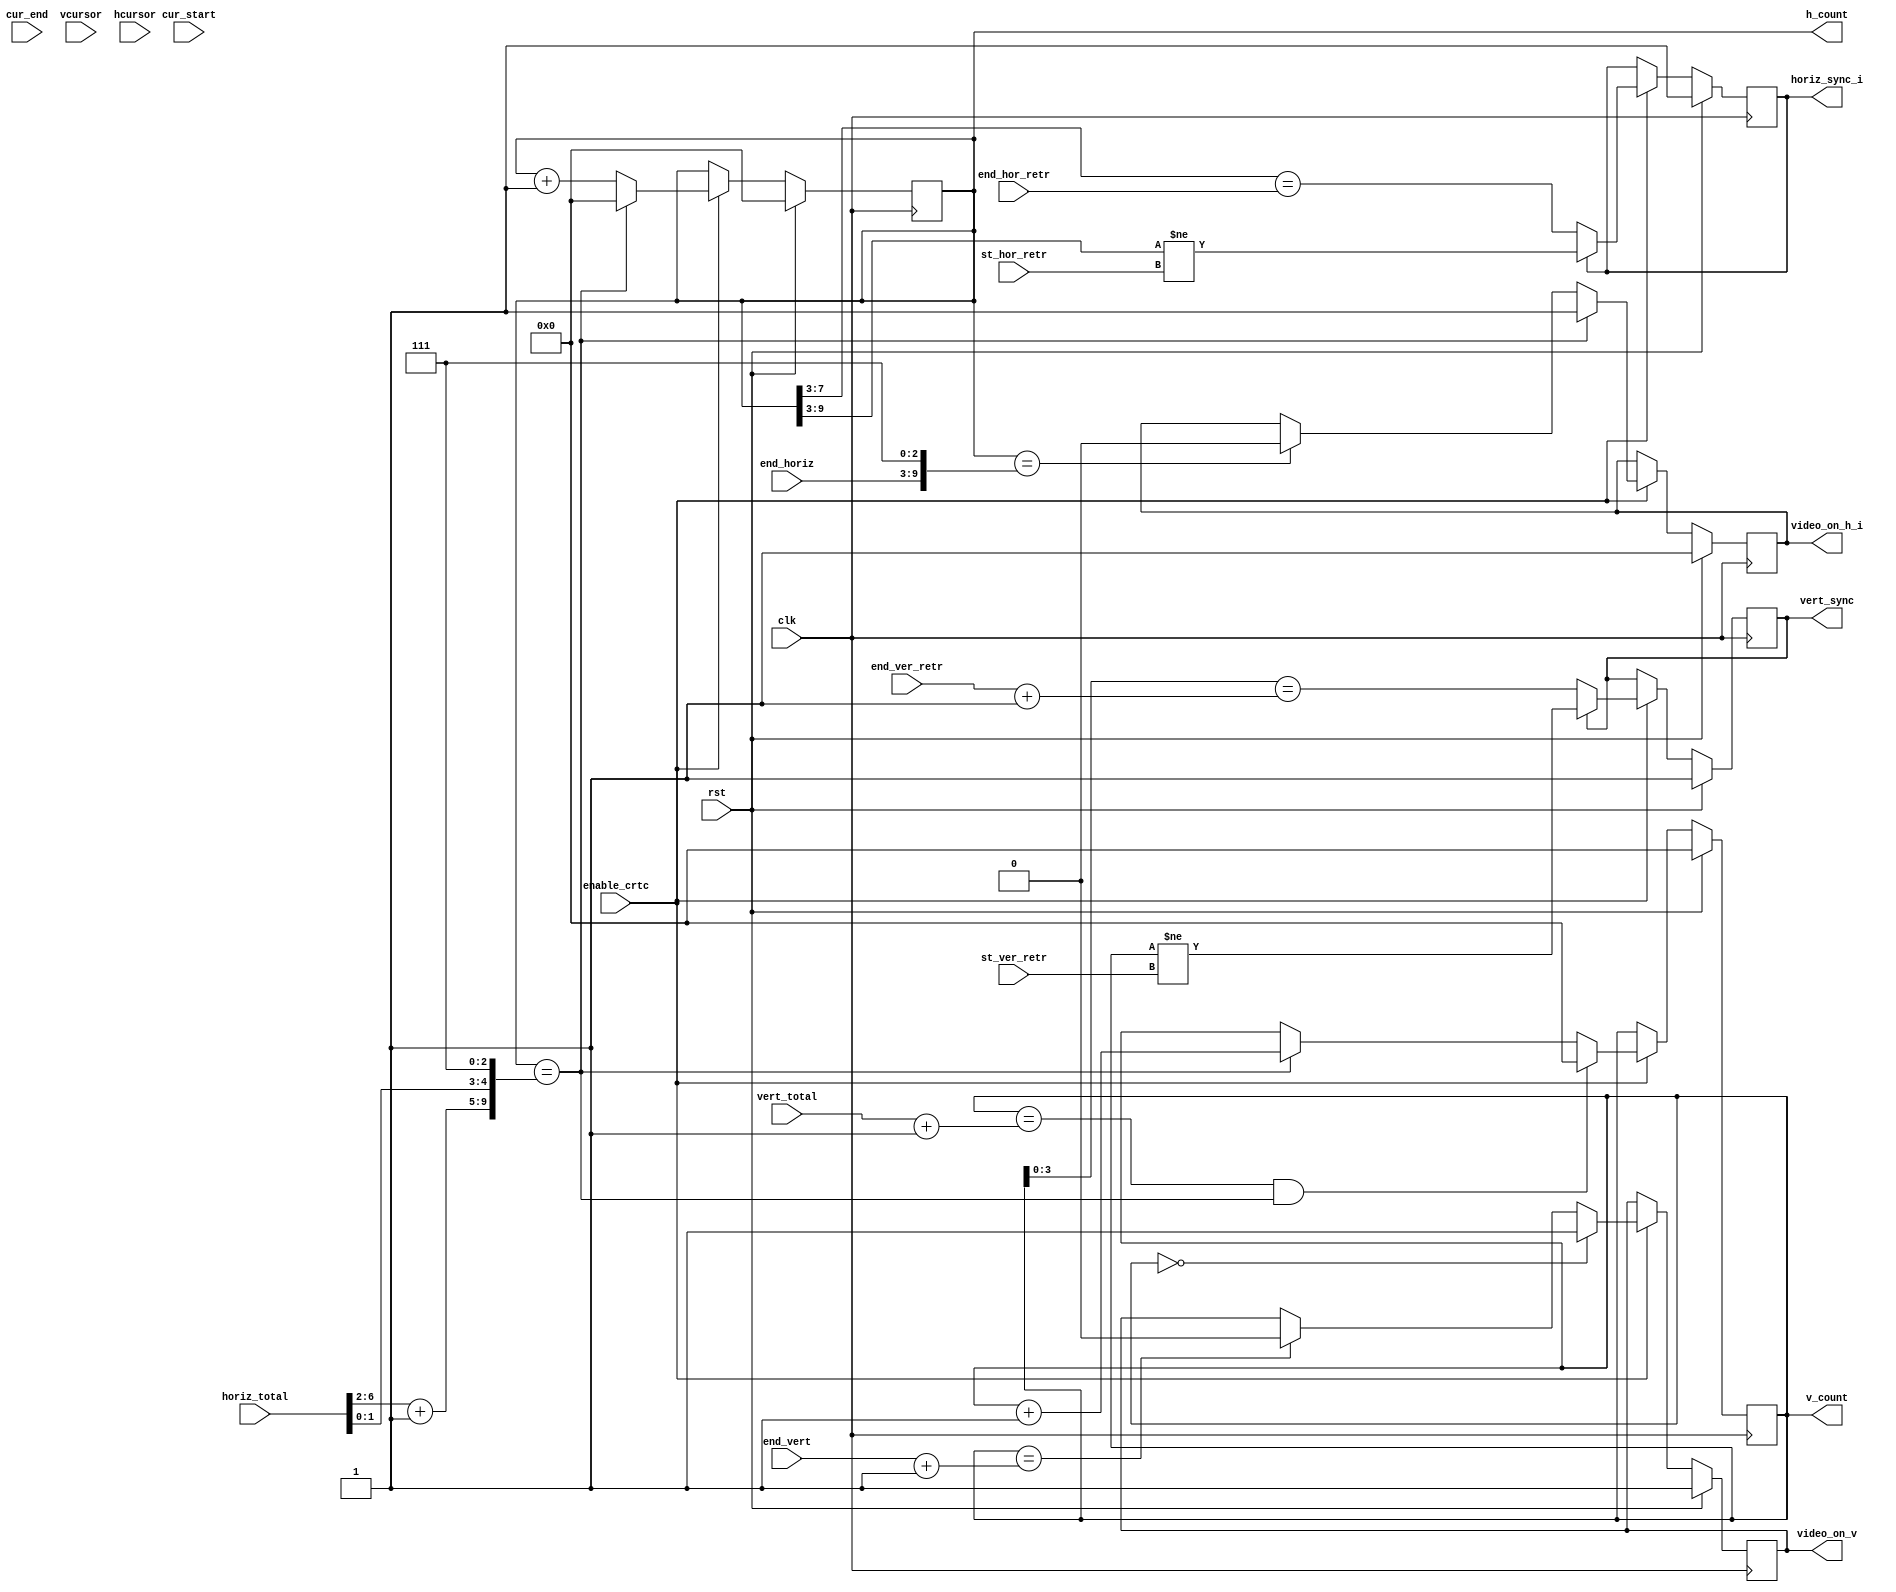
// This program was cloned from: https://github.com/marmolejo/zet
// License: GNU General Public License v3.0

/*
 *  CRTC controller for VGA
 *  Copyright (C) 2010  Zeus Gomez Marmolejo <zeus@aluzina.org>
 *
 *  VGA FML support
 *  Copyright (C) 2013 Charley Picker <charleypicker@yahoo.com>
 *
 *  This file is part of the Zet processor. This processor is free
 *  hardware; you can redistribute it and/or modify it under the terms of
 *  the GNU General Public License as published by the Free Software
 *  Foundation; either version 3, or (at your option) any later version.
 *
 *  Zet is distrubuted in the hope that it will be useful, but WITHOUT
 *  ANY WARRANTY; without even the implied warranty of MERCHANTABILITY
 *  or FITNESS FOR A PARTICULAR PURPOSE. See the GNU General Public
 *  License for more details.
 *
 *  You should have received a copy of the GNU General Public License
 *  along with Zet; see the file COPYING. If not, see
 *  <http://www.gnu.org/licenses/>.
 */

module vga_crtc_fml (
    input         clk,              // 100 Mhz clock
    input         rst,

    input         enable_crtc,

    // CRTC configuration signals

    input [5:0]   cur_start,
    input [5:0]   cur_end,
    input [4:0]   vcursor,
    input [6:0]   hcursor,

    input [6:0]   horiz_total,
    input [6:0]   end_horiz,
    input [6:0]   st_hor_retr,
    input [4:0]   end_hor_retr,
    input [9:0]   vert_total,
    input [9:0]   end_vert,
    input [9:0]   st_ver_retr,
    input [3:0]   end_ver_retr,

    // CRTC output signals

    output reg [9:0]  h_count,      // Horizontal pipeline delay is 2 cycles
    output reg        horiz_sync_i,

    output reg [9:0]  v_count,      // 0 to VER_SCAN_END
    output reg        vert_sync,

    output reg        video_on_h_i,
    output reg        video_on_v

  );

  // Registers and nets
  wire [9:0] hor_disp_end;
  wire [9:0] hor_scan_end;
  wire [9:0] ver_disp_end;
  wire [9:0] ver_sync_beg;
  wire [3:0] ver_sync_end;
  wire [9:0] ver_scan_end;

  // Continuous assignments
  assign hor_scan_end = { horiz_total[6:2] + 1'b1, horiz_total[1:0], 3'h7 };
  assign hor_disp_end = { end_horiz, 3'h7 };
  assign ver_scan_end = vert_total + 10'd1;
  assign ver_disp_end = end_vert + 10'd1;
  assign ver_sync_beg = st_ver_retr;
  assign ver_sync_end = end_ver_retr + 4'd1;

  // Sync generation & timing process
  // Generate horizontal and vertical timing signals for video signal
  always @(posedge clk)
    if (rst)
      begin
        h_count      <= 10'b0;
        horiz_sync_i <= 1'b1;
        v_count      <= 10'b0;
        vert_sync    <= 1'b1;
        video_on_h_i <= 1'b1;
        video_on_v   <= 1'b1;
      end
    else
      if (enable_crtc)
        begin
          h_count      <= (h_count==hor_scan_end) ? 10'b0 : h_count + 10'b1;
          horiz_sync_i <= horiz_sync_i ? (h_count[9:3]!=st_hor_retr)
                                       : (h_count[7:3]==end_hor_retr);
          v_count      <= (v_count==ver_scan_end && h_count==hor_scan_end) ? 10'b0
                        : ((h_count==hor_scan_end) ? v_count + 10'b1 : v_count);
          vert_sync    <= vert_sync ? (v_count!=ver_sync_beg)
                                    : (v_count[3:0]==ver_sync_end);

          video_on_h_i <= (h_count==hor_scan_end) ? 1'b1
                        : ((h_count==hor_disp_end) ? 1'b0 : video_on_h_i);
          video_on_v   <= (v_count==10'h0) ? 1'b1
                        : ((v_count==ver_disp_end) ? 1'b0 : video_on_v);
        end

endmodule